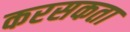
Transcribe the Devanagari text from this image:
करसकता